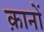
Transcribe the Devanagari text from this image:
क़ानों